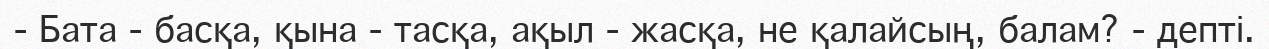
-	Бата - басқа, қына - тасқа, ақыл - жасқа, не қалайсың, балам? - депті.